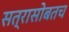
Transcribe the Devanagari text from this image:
सत्रासोबतच